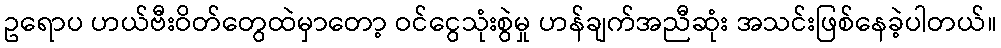
ဥရောပ ဟယ်ဗီးဝိတ်တွေထဲမှာတော့ ဝင်ငွေသုံးစွဲမှု ဟန်ချက်အညီဆုံး အသင်းဖြစ်နေခဲ့ပါတယ်။